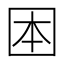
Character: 𡇐